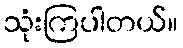
သုံးကြပါတယ်။